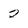
Character: 2